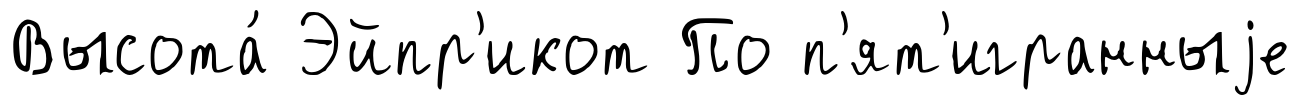
Высота́ Эйпр'икот По п'ят'игранныjе